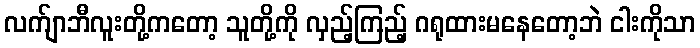
လက်ျာဘီလူးတို့ကတော့ သူတို့ကို လှည့်ကြည့် ဂရုထားမနေတော့ဘဲ ငါးကိုသာ